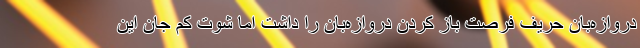
دروازه‌بان حریف فرصت باز کردن دروازه‌بان را داشت اما شوت کم جان این